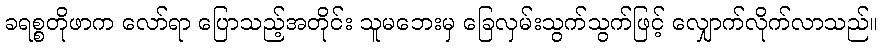
ခရစ္စတိုဖာက လော်ရာ ပြောသည့်အတိုင်း သူမဘေးမှ ခြေလှမ်းသွက်သွက်ဖြင့် လျှောက်လိုက်လာသည်။